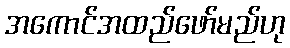
အကောင်အထည်ဖော်မည်ဟု